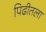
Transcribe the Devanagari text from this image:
पिढीतला